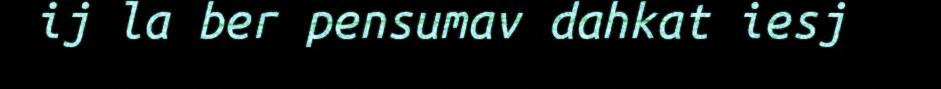
ij la ber pensumav dahkat iesj